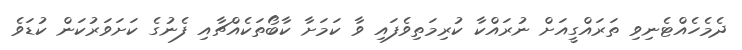
ދެމެހެއްޓެނިވި ތަރައްގީއަށް ނުރައްކާ ކުރިމަތިވެފައި ވާ ކަމަށާ ކާބޯތަކެއްޗާއި ފެނުގެ ކަށަވަރުކަން ކުޑަވެ